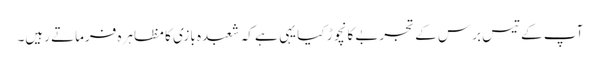
آپ کے تیس برس کے تجربے کا نچوڑ کیا یہی ہے کہ شعبدہ بازی کا مظاہرہ فرماتے رہیں۔